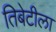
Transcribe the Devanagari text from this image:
तिबेटीला